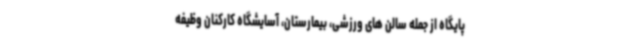
پایگاه از جمله سالن های ورزشی، بیمارستان، آسایشگاه کارکنان وظیفه